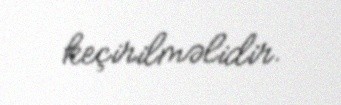
keçirilməlidir.